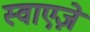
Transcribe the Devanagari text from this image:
स्वाएज़े